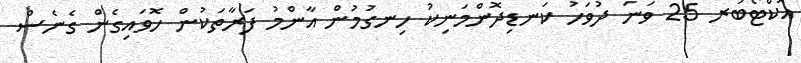
އޮކްޓޯބަރ 25 ވަނަ ދުވަހު ކަނޑިދޮންމަނިކު ހިނގުމުން އާންމު ފަރާތަކުން ހޮވައިގެން ގެނެސް